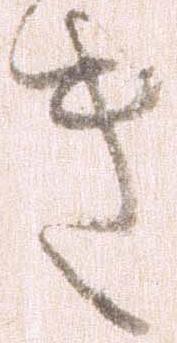
き